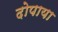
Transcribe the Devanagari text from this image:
दोपाया